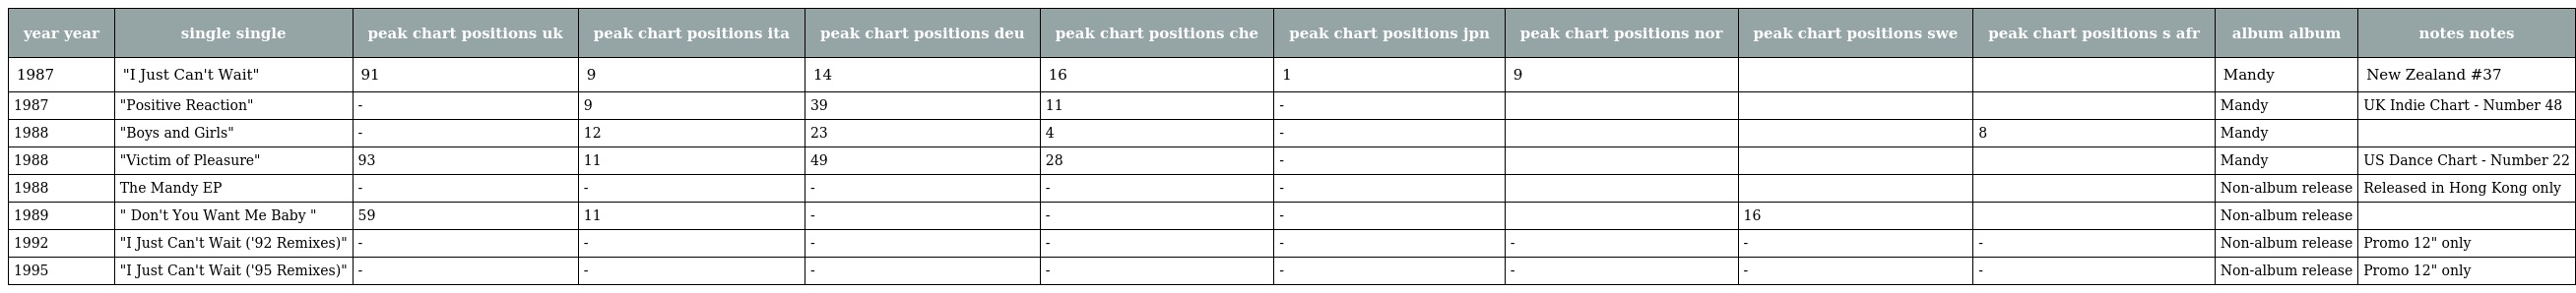
| year year | single single | peak chart positions uk | peak chart positions ita | peak chart positions deu | peak chart positions che | peak chart positions jpn | peak chart positions nor | peak chart positions swe | peak chart positions s afr | album album | notes notes |
 | --- | --- | --- | --- | --- | --- | --- | --- | --- | --- | --- | --- |
 | 1987 | "I Just Can't Wait" | 91 | 9 | 14 | 16 | 1 | 9 |  |  | Mandy | New Zealand #37 |
 | 1987 | "Positive Reaction" | - | 9 | 39 | 11 | - |  |  |  | Mandy | UK Indie Chart - Number 48 |
 | 1988 | "Boys and Girls" | - | 12 | 23 | 4 | - |  |  | 8 | Mandy |  |
 | 1988 | "Victim of Pleasure" | 93 | 11 | 49 | 28 | - |  |  |  | Mandy | US Dance Chart - Number 22 |
 | 1988 | The Mandy EP | - | - | - | - | - |  |  |  | Non-album release | Released in Hong Kong only |
 | 1989 | " Don't You Want Me Baby " | 59 | 11 | - | - | - |  | 16 |  | Non-album release |  |
 | 1992 | "I Just Can't Wait ('92 Remixes)" | - | - | - | - | - | - | - | - | Non-album release | Promo 12" only |
 | 1995 | "I Just Can't Wait ('95 Remixes)" | - | - | - | - | - | - | - | - | Non-album release | Promo 12" only |